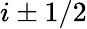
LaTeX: i\pm 1/2